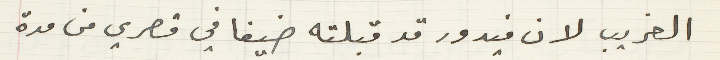
الغريب لان فيدور قد قبلته ضيفا في قصري من مدة